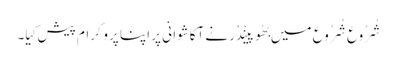
شُرُوع شُرُوع میں بھُوپینْدْر نے آکاشوانِی پر اپنا پروگرام پیش کِیا۔